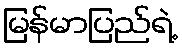
မြန်မာပြည်ရဲ့